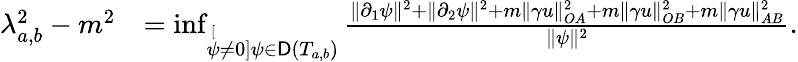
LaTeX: \begin{array}{rl}{\lambda_{a,b}^{2}-m^{2}}&{=\operatorname*{inf}_{\stackrel[\psi\not=0]{\psi\in\mathsf{D}(T_{a,b})}}\frac{\| \partial_{1}\psi\| ^{2}+\| \partial_{2}\psi\| ^{2}+m\| \gamma u\| _{OA}^{2}+m\| \gamma u\| _{OB}^{2}+m\| \gamma u\| _{AB}^{2}}{\| \psi\| ^{2}}.}\end{array}